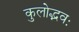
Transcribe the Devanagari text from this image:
कुलोद्भवः